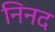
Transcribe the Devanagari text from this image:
निनद